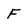
Character: F